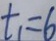
t _ { 1 } = 6